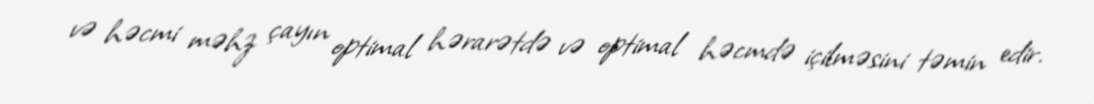
və həcmi məhz çayın optimal hərarətdə və optimal həcmdə içilməsini təmin edir.